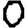
Digit: 0